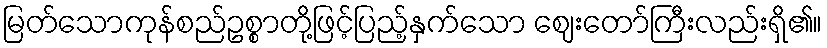
မြတ်သောကုန်စည်ဥစ္စာတို့ဖြင့်ပြည့်နှက်သော ဈေးတော်ကြီးလည်းရှိ၏။